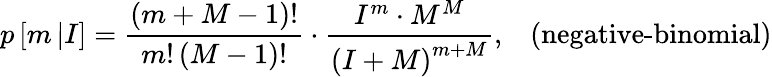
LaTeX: p\left[m\left|I\right.\right]=\frac{\left(m+M-1\right)!}{m!\left(M-1\right)!}\cdot\frac{I^{m}\cdot M^{M}}{\left(I+M\right)^{m+M}},\; \; \; \textrm{(negative-binomial)}